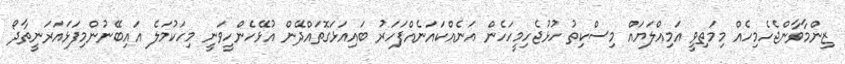
ޒިންމާވާންޖެހެމިހެއް މިމަތިވީ އަމިއްލަޔައް މިސްކިތު ހުޅުޖެހިމީހަހެން އަނެއްކައަނެއްފަހަރު ބައިއަޅަގޮތައްދޭން އުޅޭހެންހީވަނީ މިހަކުމަލެ އައިބޭނުންމިފަޅައަރަނީތާދޯ